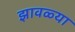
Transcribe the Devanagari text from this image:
झावळ्या